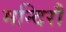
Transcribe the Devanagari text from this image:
मन्दिरौ